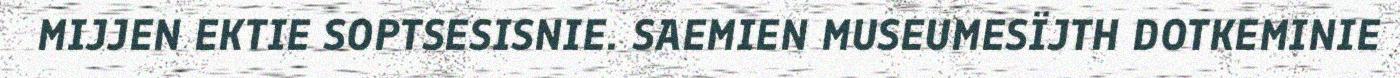
MIJJEN EKTIE SOPTSESISNIE. SAEMIEN MUSEUMESÏJTH DOTKEMINIE